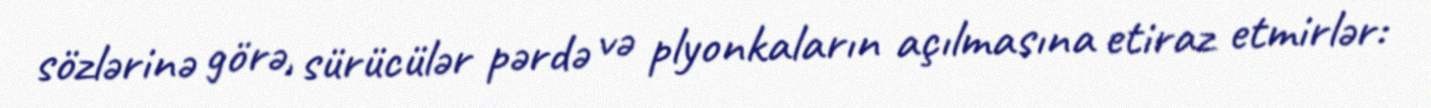
sözlərinə görə, sürücülər pərdə və plyonkaların açılmasına etiraz etmirlər: